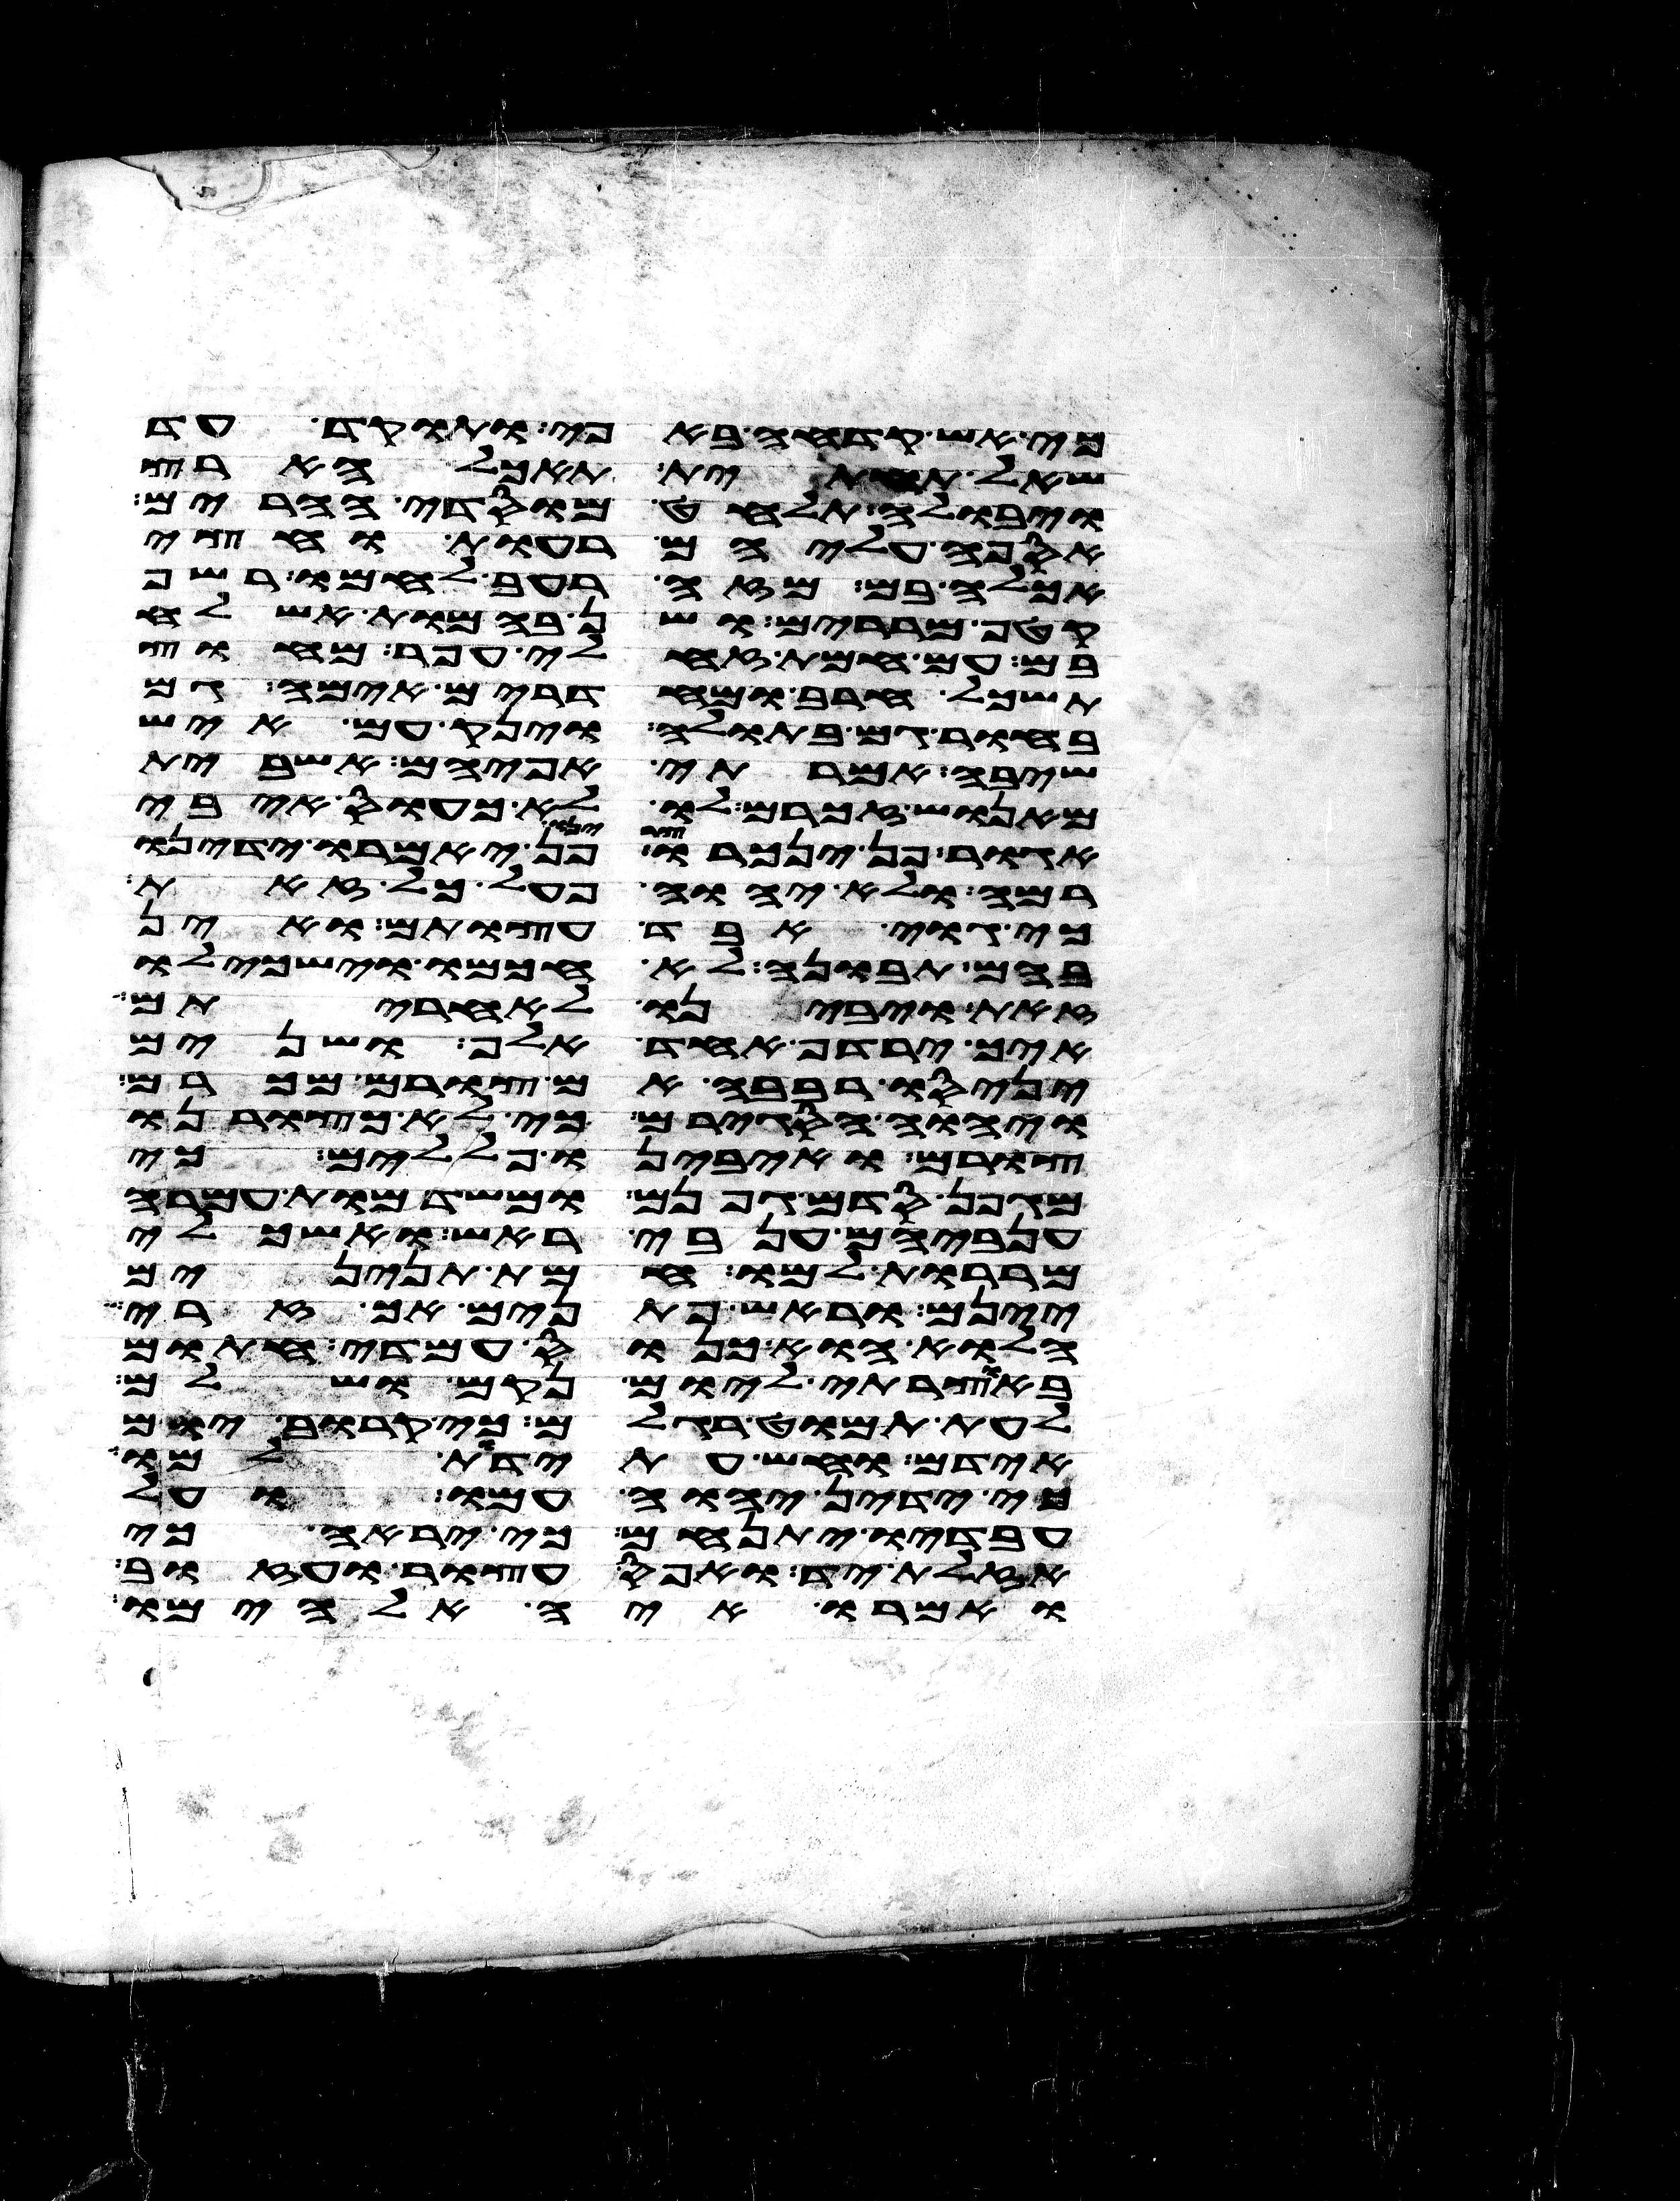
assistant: כי אש קדחה באפי ותוקד עד
שאל תחתית תאכל ארץ
ויבולה תלחט מוסדי הרים
אספה עליהם רעות וחצי
אכלה בם מזה רעב לחמו רשף
קטף מררים ושן בהמות אשלח
בם עם חמת זחלי עפר מחוץ
תשכל חרב ומחדרים אימה גם
בחור גם בתולה וינק עם איש
שיבה אמרתי אפי הם אשבית
מאנוש זכרם לו לא כעס איבי
אגור פן ינכרו צרינו פן יאמרו ידינו
רמה ולא יהוה פעל כל זאת
כי גוי אבד עצות הם ואין
בהם תבונה לא חכמו וישכילו
זאת ויבינו לאחריתם
איך ירדף אחד אלף ושנים
יניסו רבבה אם לא צורם מכרם
ויהוה הסגירם כי לא כצורנו
צורם ואיבינו פללים כי
מגפן סדם גפנם ומשדמות עמרה
ענביהם ענבי ראש ואשכלי
מררות למו חמת תנינים
יינם וראש פתנים אך זרי
הלוא הוא כנוס עמדי חתום
באוצרתי ליום נקם ושלם
לעת תמוט רגלם כי קרוב יום
אידם וחש עתידת למו
כי ידין יהוה עמו ועל
עבדיו יתנחם כי יראה כי
אזלת יד ואפס עצור ועזוב
ואמרו איה אלהימו